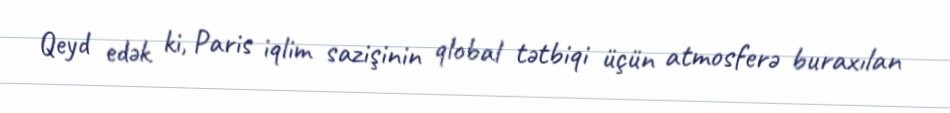
Qeyd edək ki, Paris iqlim sazişinin qlobal tətbiqi üçün atmosferə buraxılan